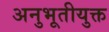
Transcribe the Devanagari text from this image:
अनुभूतीयुक्त